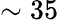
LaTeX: \sim 35